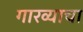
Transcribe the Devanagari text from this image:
गारव्याचा